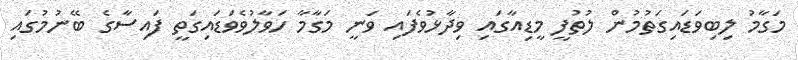
މަގާމު ލިބިވަޑައިގަތުމުން ލުތުފީ މީޑިއާގައި ވިދާޅުވެފައި ވަނީ މަގާމާ ހަވާލުވެވަޑައިގަތީ ފައިސާގެ ބޭނުމުގައި